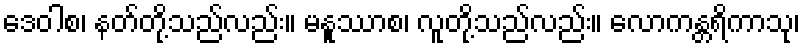
ဒေဝါစ၊ နတ်တို့သည်လည်း။ မနူဿာစ၊ လူတို့သည်လည်း။ လောကန္တရိကာသု၊